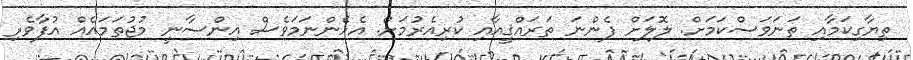
ތިޔާގިކަމާއި ތަނަވަސްކަމަށް. ލޮލަށް ފެންނަ ތަރައްޤީއާއި ކުރިއެރުމަށް. އެހެންނަމަވެސް އިންސާނީ މުޖުތަމައެއް އުފާވެރި